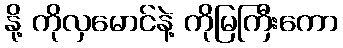
နို့ ကိုလှမောင်နဲ့ ကိုမြကြီးကော